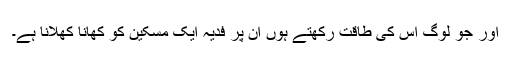
اور جو لوگ اس کی طاقت رکھتے ہوں ان پر فدیہ ایک مسکین کو کھانا کھلانا ہے۔